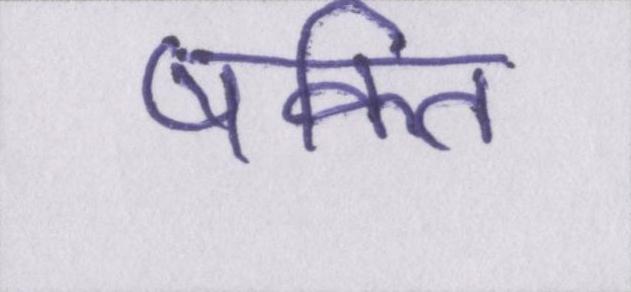
षक्ति